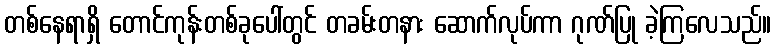
တစ်နေရာရှိ တောင်ကုန်းတစ်ခုပေါ်တွင် တခမ်းတနား ဆောက်လုပ်ကာ ဂုဏ်ပြု ခဲ့ကြလေသည်။